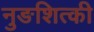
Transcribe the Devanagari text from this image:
नुङशित्की